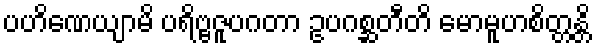
ပဟိဏေယျာမိ ပရိဗ္ဗဇူပဂတာ ဥပဂစ္ဆတီတိ မောမူဟစိတ္တန္တိ